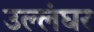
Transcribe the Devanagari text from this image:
उल्लंघर